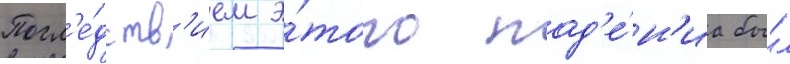
Посл'е́дств'ием э́того пад'е́н'иа бы́л